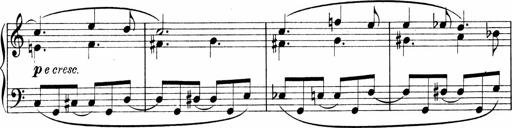
Title: Sonatina No.1
Composer: Otto Stoll
Key: C major